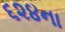
૬૨૪ના